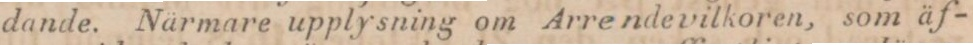
dande. Närmare upplysning om Arrendevilkoren, som äf-